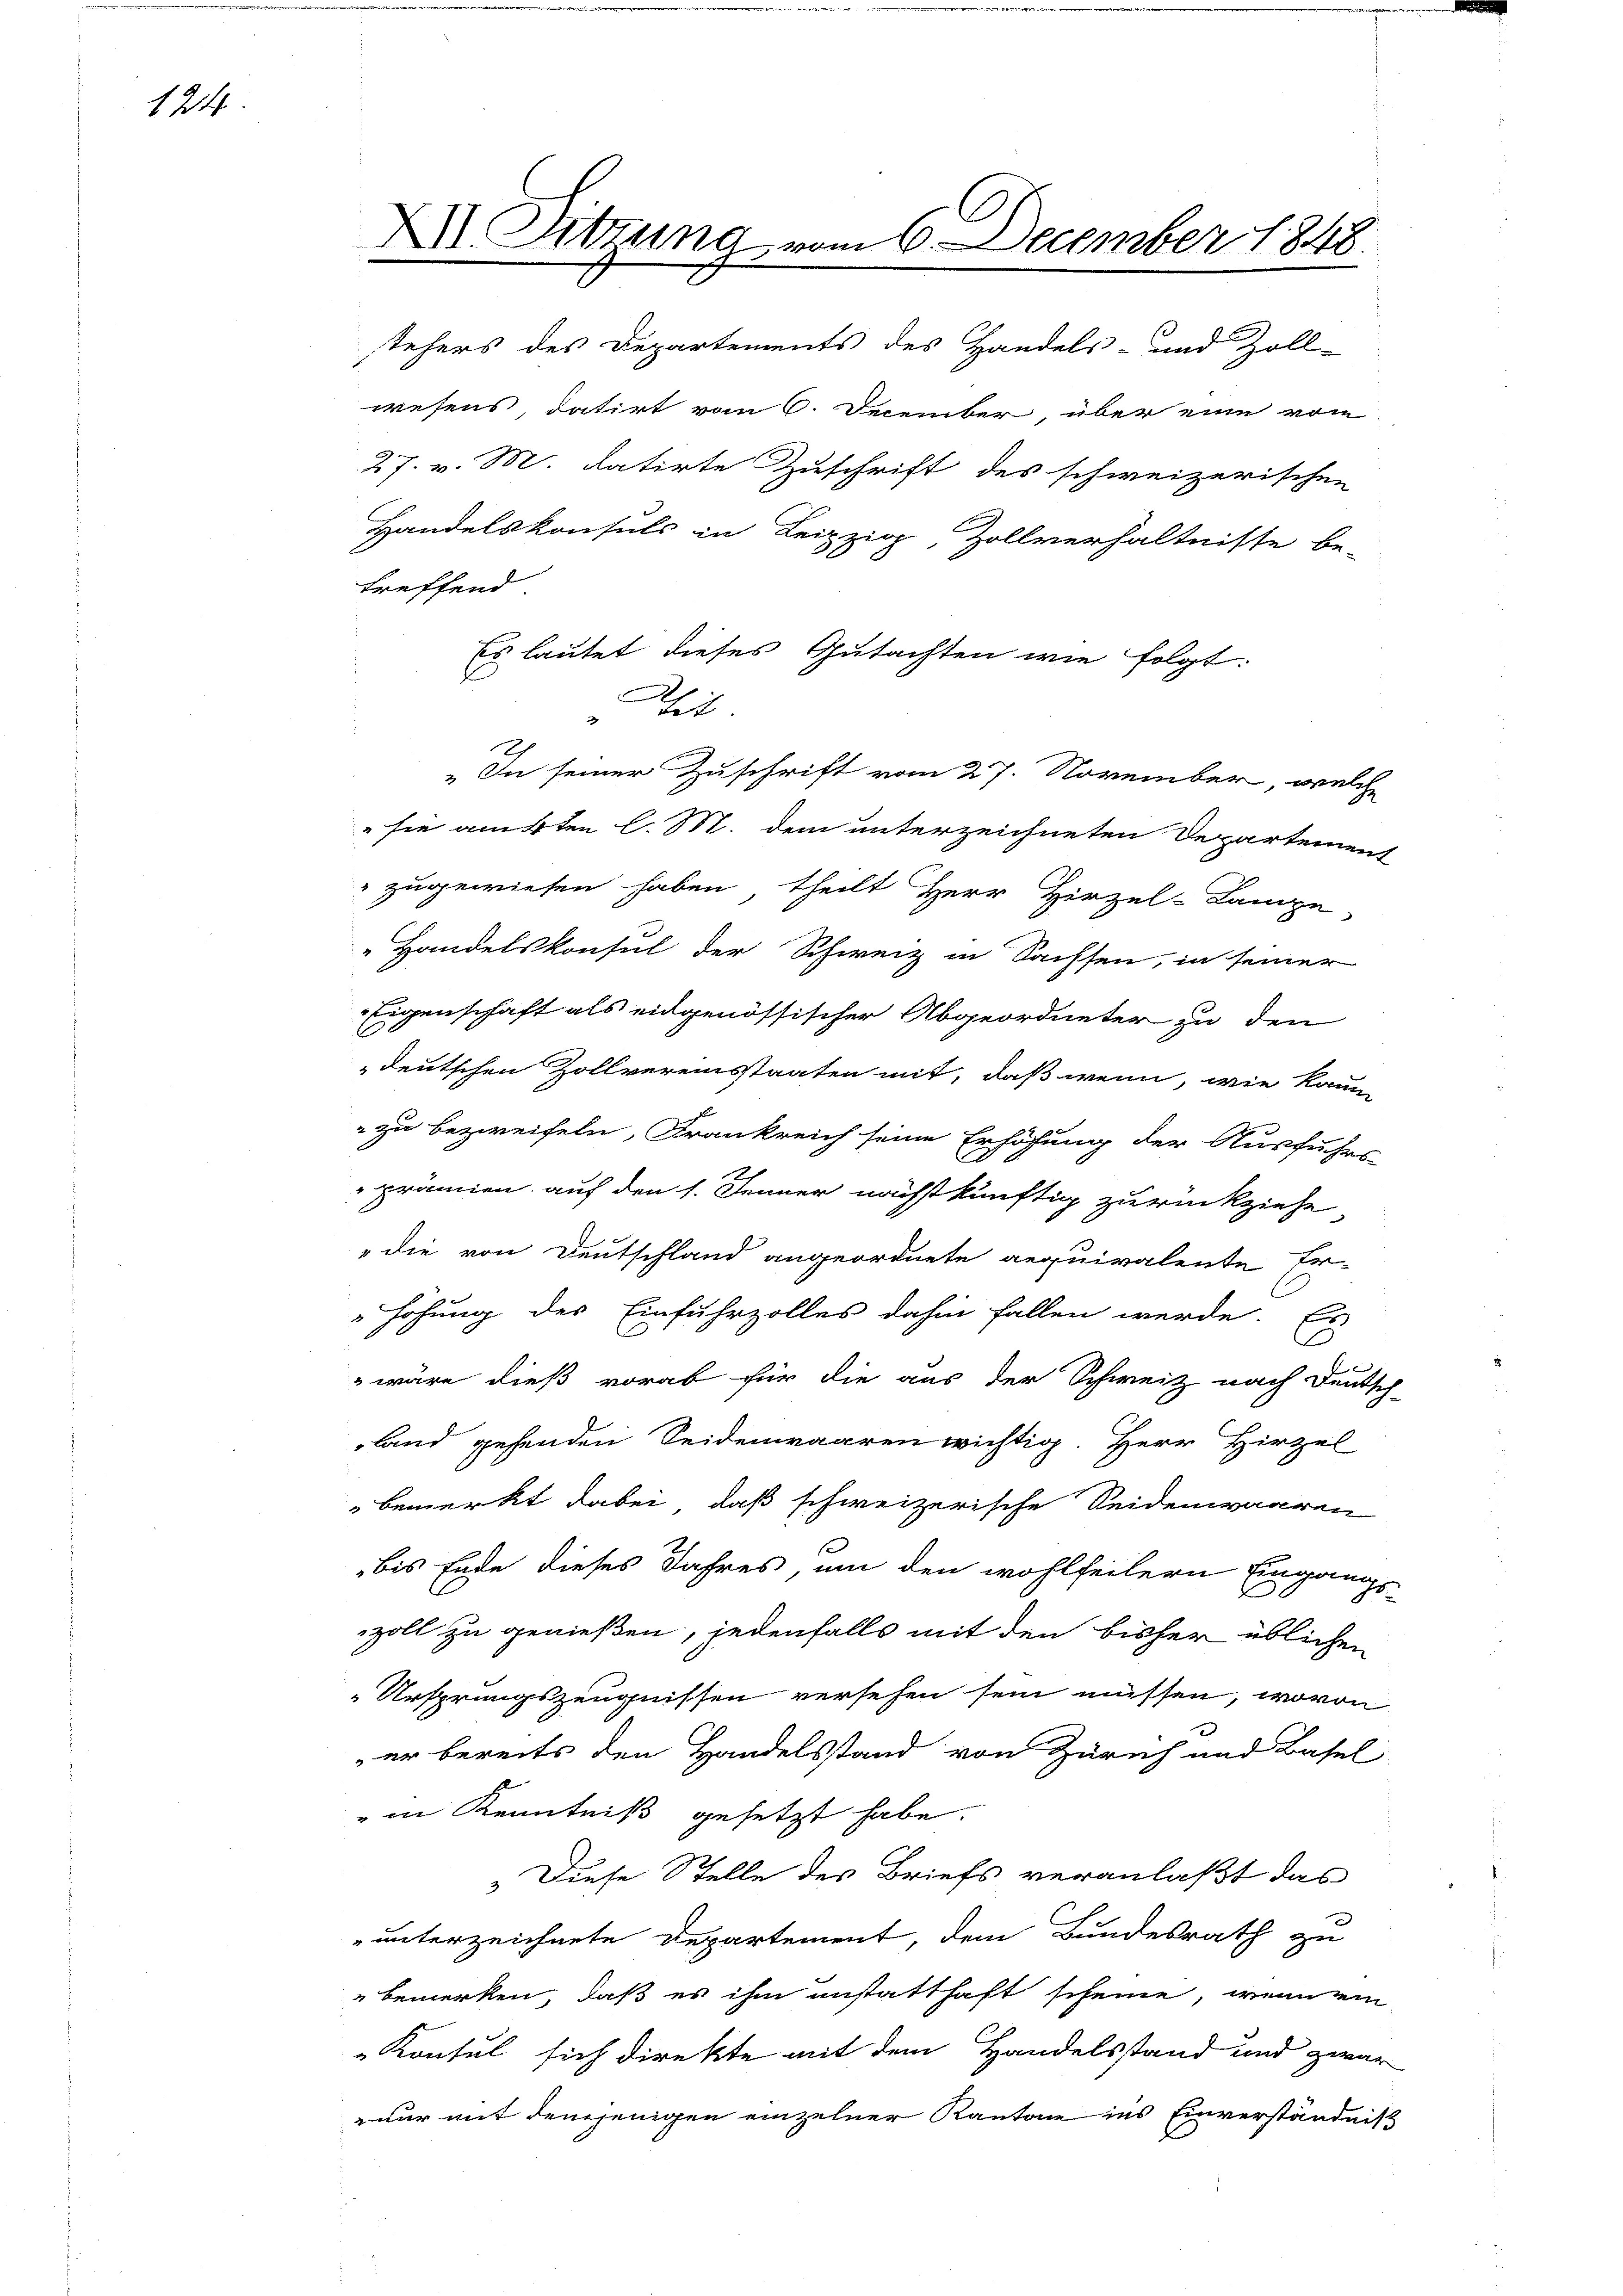
124

XII. Sitzung vom 6. December 1848.

stehers des Departements des Handels- und Zoll-
wesens, datirt vom 6. December, über eine vom
27. v. M. datirte Zuschrift des schweizerischen
Handelskonsuls in Leipzig, Zollverhältnisse be-
treffend
Es lautet dieses Gutachten wie folgt.
e
Wit
„In seiner Zuschrift vom 27. November, welche
" sie amten l. M. dem unterzeichneten Departement
 zugewiesen haben, theilt Herr Hirzel-Lampe
„Handelskonsul der Schweiz in Sachsen, in seiner
Eigenschaft als eidgenössischer Abgeordneter zu den
deutschen Zollvereinsstaaten mit, daß wenn, wie kaum
 zu bezweifeln, Frankreich seine Erhöhung der Ausfuhrs
prämien auf den 1. Jenner nächstkünftig zurückziehe
"die von Deutschland angeordnete requivalente Er-
höhung des Einfuhrzolles dahin fallen werde. Es
 wäre dieß vorab für die aus der Schweiz nach Deutsch
land gehenden Seidenwaaren wichtig. Herr Hirzel
Bemerkt dabei, daß schweizerische Seidenwaaren
bis Ende dieses Jahres, um den wohlfeilern Eingangs-
zoll zu genießen, jedenfalls mit den bisher üblichen
Ursprungszeugnissen versehen sein müssen, wovon
er bereits den Handelsstand von Zürich und Basel
" in Kenntniß gesetzt habe.
. Diese Stelle des Briefs veranlaßt das
unterzeichnete Departement, dem Bundesrath zu
 bemerken, daß es ihm anstatthaft scheine, wenn ein
Konsul sich direkte mit dem Handelsstand und zwar
nur mit demjenigen einzelner Kantone ins Einverständniß